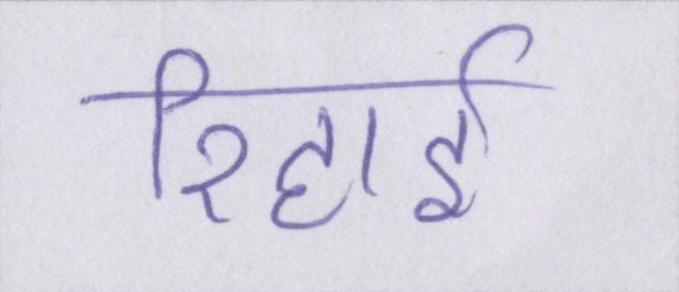
रिहाई